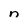
Character: n